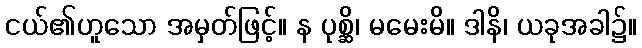
ငယ်၏ဟူသော အမှတ်ဖြင့်။ န ပုစ္ဆိ၊ မမေးမိ။ ဒါနိ၊ ယခုအခါ၌။